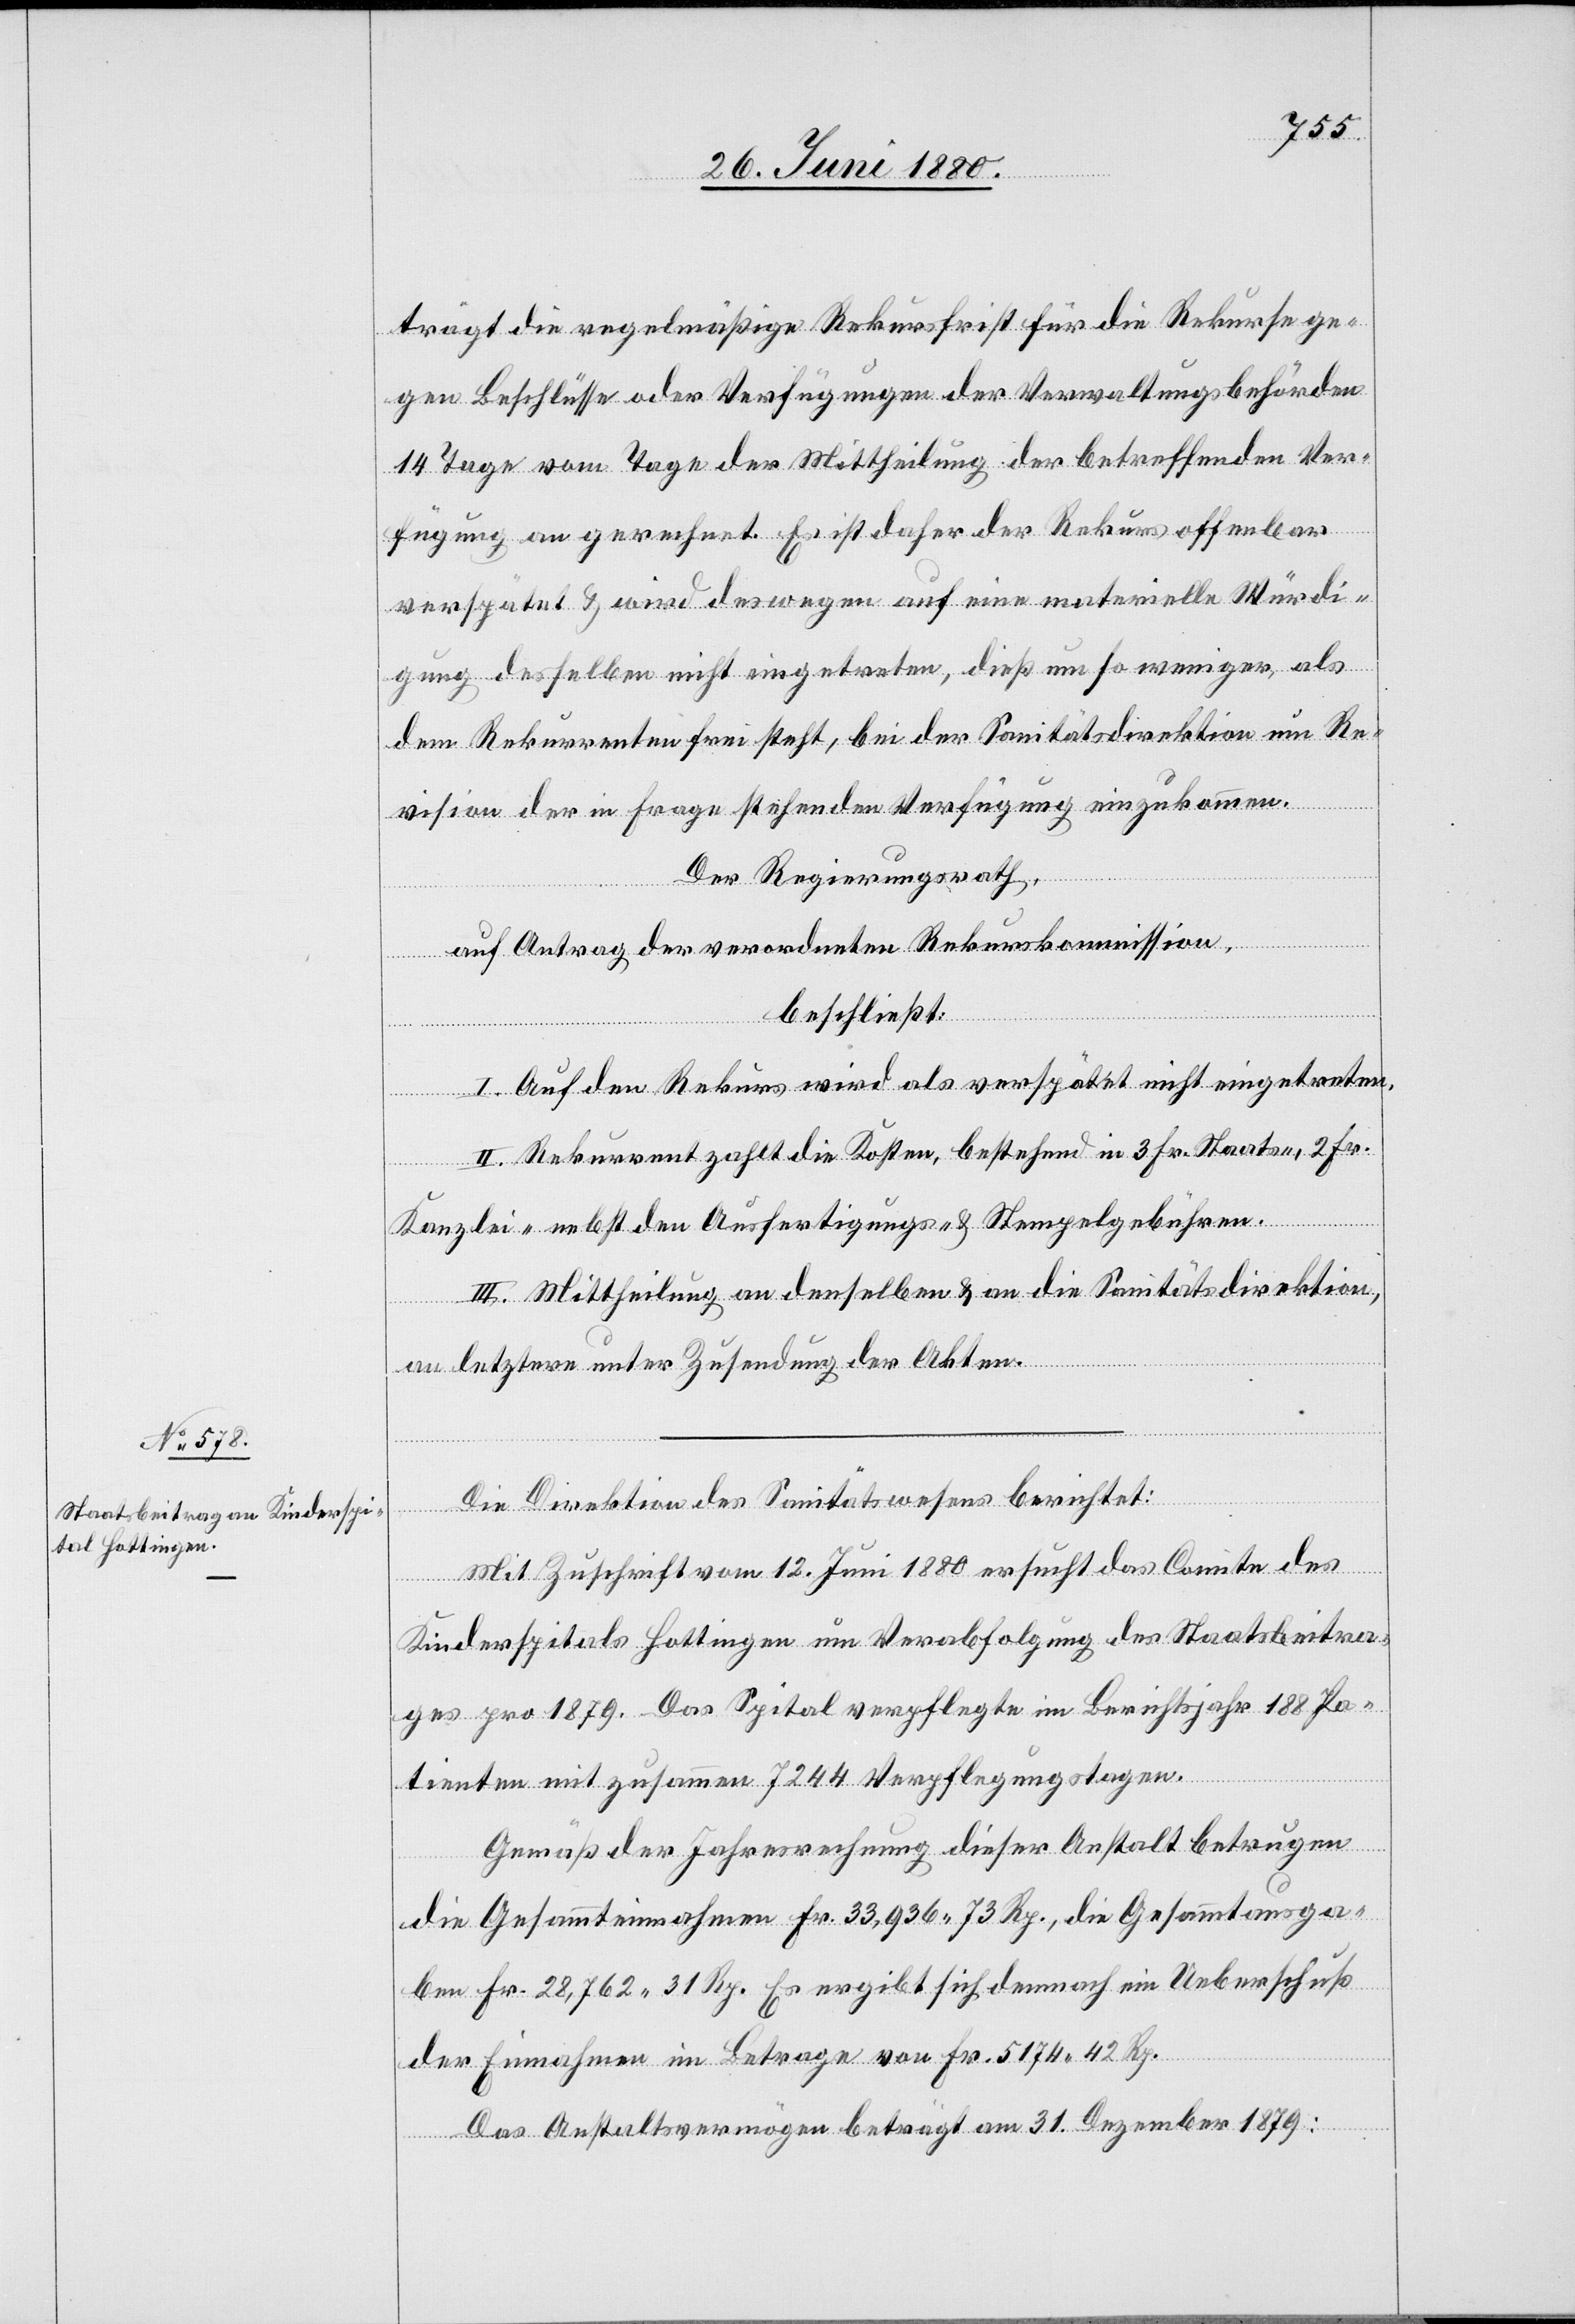
trägt die regelmäßige Rekursfrist für die Rekurse ge¬
gen Beschlüsse oder Verfügungen der Verwaltungsbehörden
14 Tage vom Tage der Mittheilung der betreffenden Ver¬
fügung an gerechnet. Es ist daher der Rekurs offenbar
verspätet & wird deswegen auf eine materielle Würdi¬
gung desselben nicht eingetreten, dieß um so weniger, als
dem Rekurrenten frei steht, bei der Sanitätsdirektion um Re¬
vision der in Frage stehenden Verfügung einzukommen.
Der Regierungsrath,
auf Antrag der verordneten Rekurskommission,
beschließt:
I. Auf den Rekurs wird als verspätet nicht eingetreten.
II. Rekurrent zahlt die Kosten, bestehend in 3 Fr. Staats-, 2 Fr.
Kanzlei- nebst den Ausfertigungs- & Stempelgebühren.
III. Mittheilung an denselben & an die Sanitätsdirektion,
an letztere unter Zusendung der Akten.
Die Direktion des Sanitätswesens berichtet:
Mit Zuschrift vom 12. Juni 1880 ersucht das Comite des
Kinderspitals Hottingen um Verabfolgung des Staatsbeitra¬
ges pro 1879. Das Spital verpflegte im Berichtsjahr 188 Pa¬
tienten mit zusammen 7244 Verpflegungstagen.
Gemäß der Jahresrechnung dieser Anstalt betrugen
die Gesammteinnahmen Fr. 33,936. 73 Rp., die Gesammtausga¬
ben Fr. 28,762. 31 Rp. Es ergibt sich demnach ein Ueberschuß
der Einnahmen im Betrage von Fr. 5174. 42 Rp.
Das Anstaltsvermögen beträgt am 31. Dezember 1879: